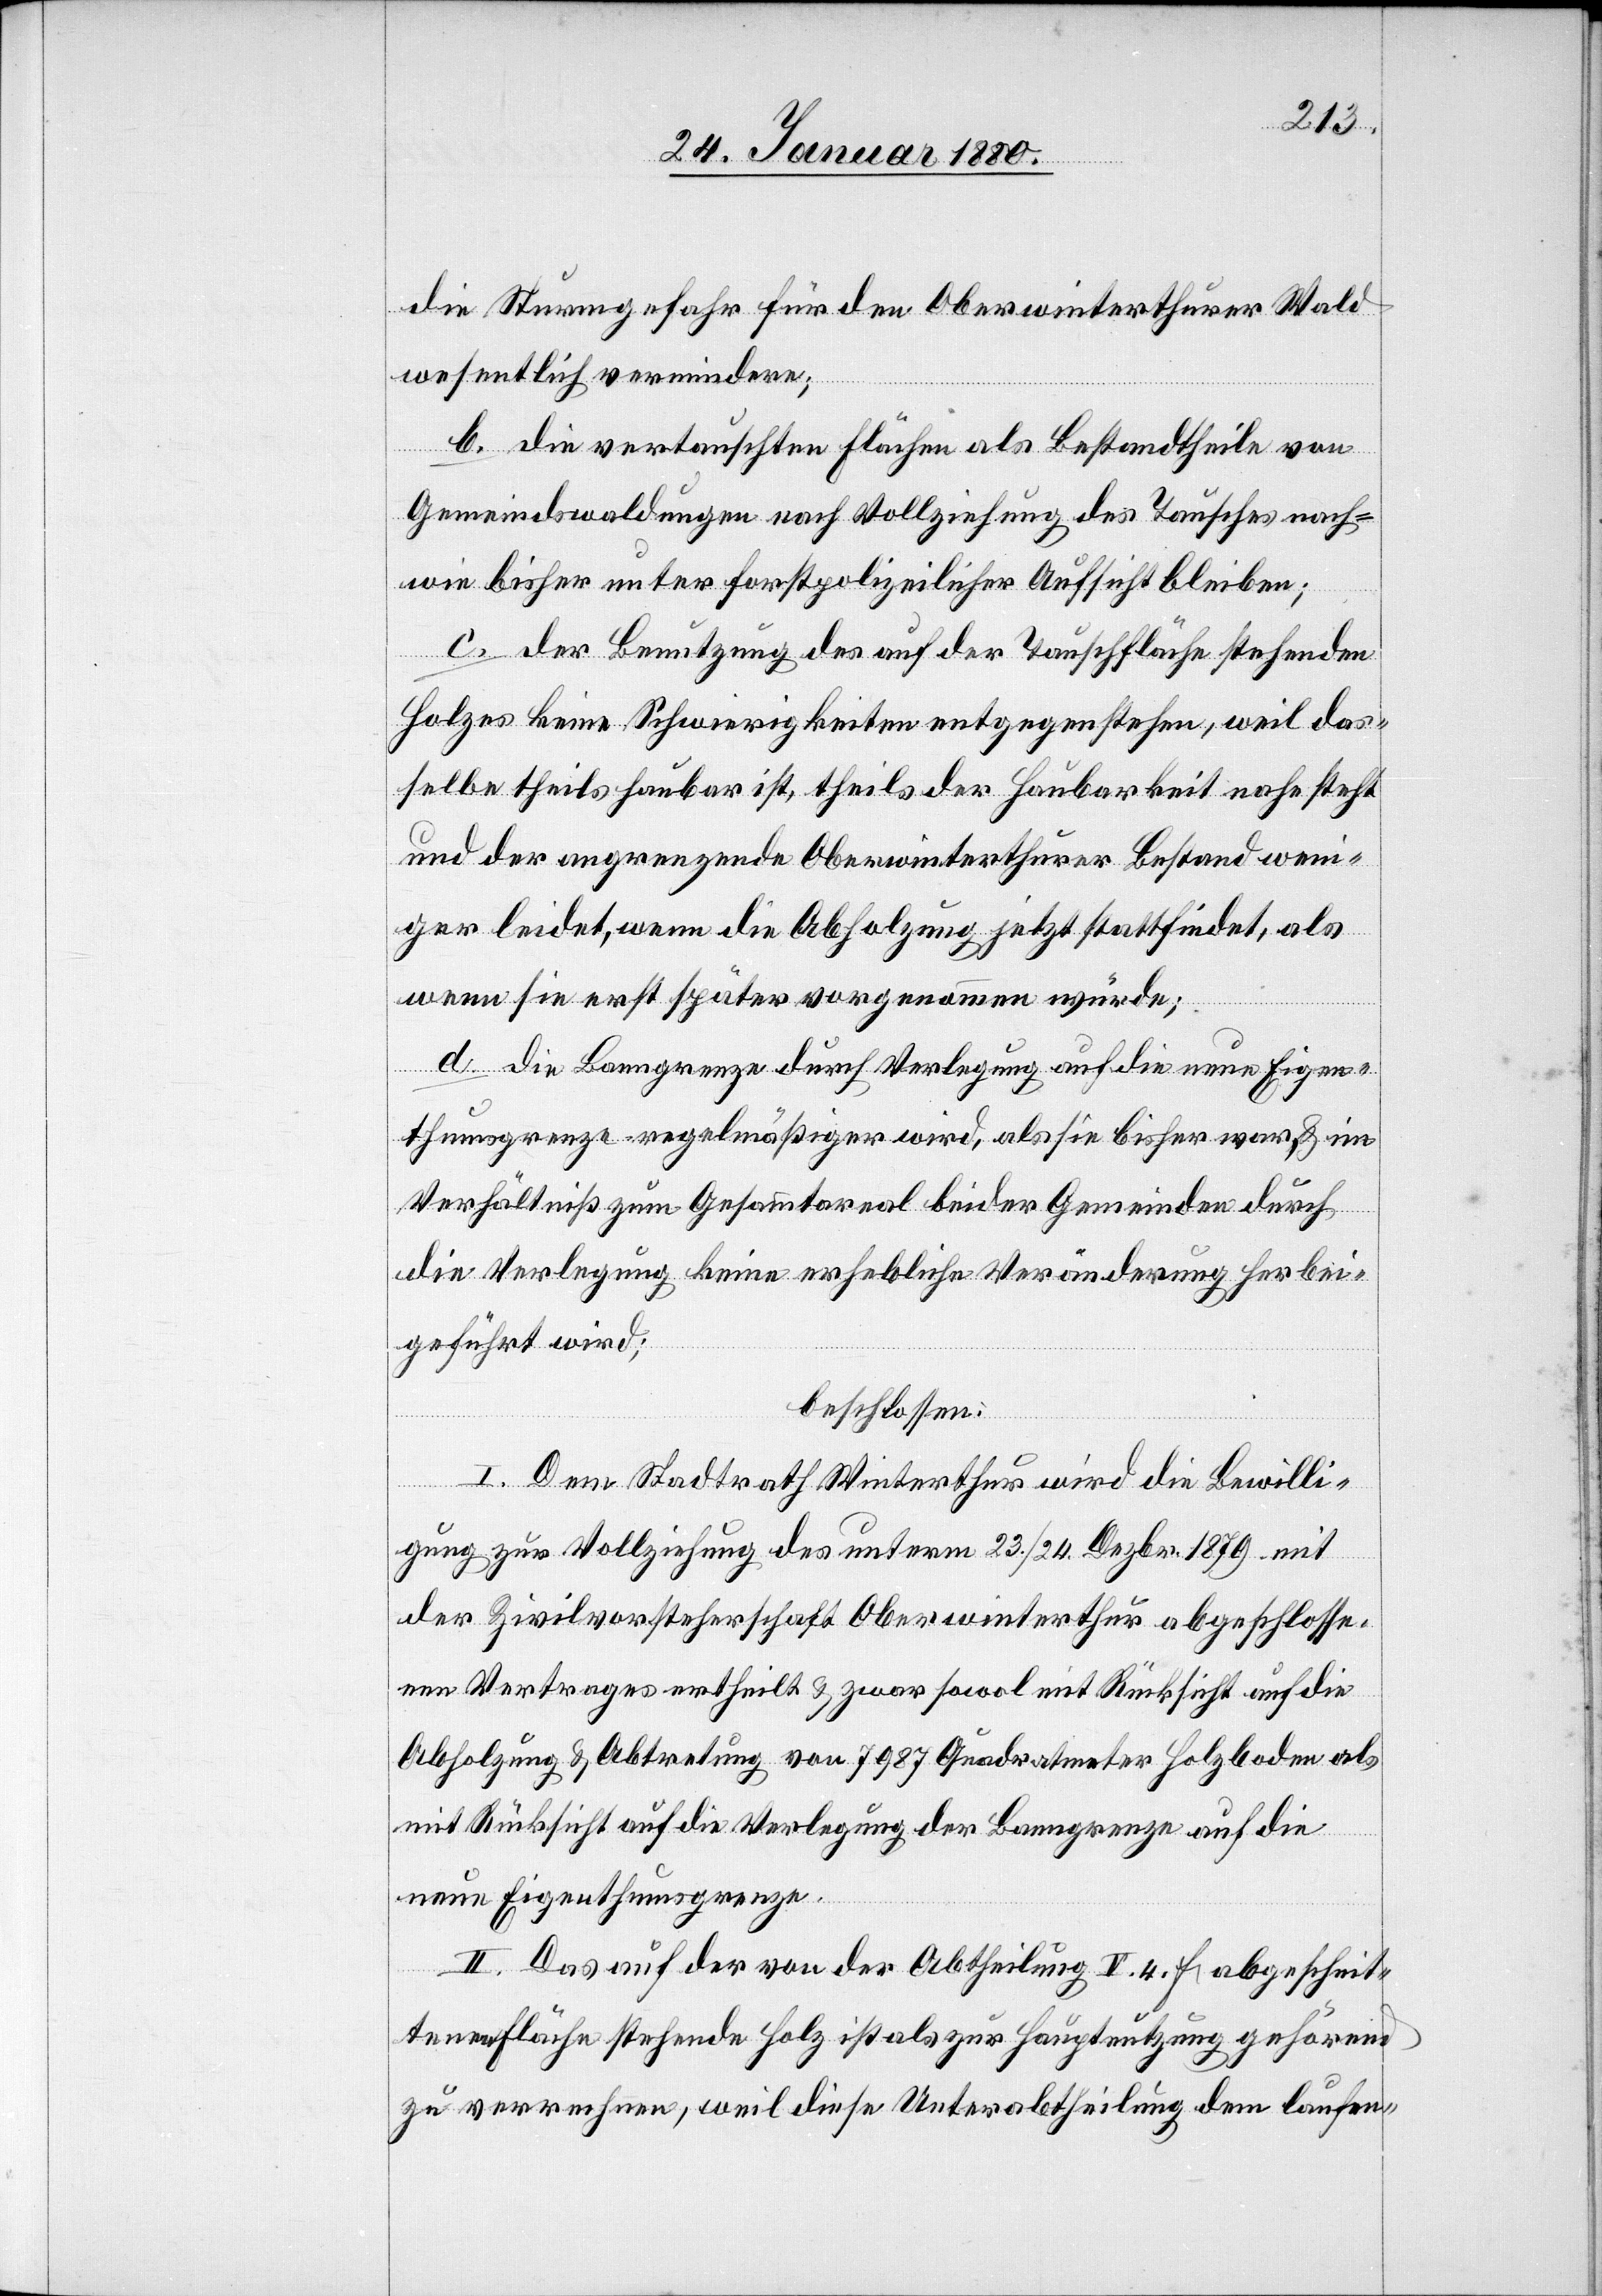
die Sturmgefahr für den Oberwinterthurer Wald
wesentlich vermindern;
b. Die vertauschten Flächen als Bestandtheile von
Gemeindswaldungen nach Vollziehung des Tausches nach-
wie bisher unter forstpolizeilicher Aufsicht bleiben;
c. Der Benutzung des auf der Tauschfläche stehenden
Holzes keine Schwierigkeiten entgegenstehen, weil das¬
selbe theils haubar ist, theils der Haubarkeit nahe steht
und der angrenzende Oberwinterthurer Bestand weni¬
ger leidet, wenn die Abholzung jetzt stattfindet, als
wenn sie erst später vorgenommen würde;
d. Die Banngrenze durch Verlegung auf die neue Eigen¬
thumsgrenze regelmäßiger wird, als sie bisher war & im
Verhältniß zum Gesammtareal beider Gemeinden durch
die Verlegung keine erhebliche Veränderung herbei¬
geführt wird;
beschlossen:
I. Dem Stadtrath Winterthur wird die Bewilli¬
gung zur Vollziehung des unterm 23. / 24. Dezbr. 1879 mit
der Zivilvorsteherschaft Oberwinterthur abgeschlosse¬
nen Vertrages ertheilt & zwar sowol mit Rücksicht auf die
Abholzung & Abtretung von 7987 Quadratmeter Holzboden als
mit Rücksicht auf die Verlegung der Banngrenze auf die
neue Eigenthumsgrenze.
II. Das auf der von der Abtheilung V. 4. f. abgeschnit¬
tene Fläche stehende Holz ist als zur Hauptnutzung gehörend
zu verrechnen, weil diese Unterabtheilung dem laufen-